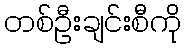
တစ်ဦးချင်းစီကို